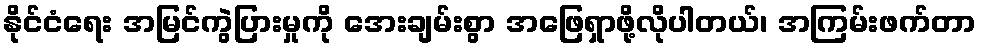
နိုင်ငံရေး အမြင်ကွဲပြားမှုကို အေးချမ်းစွာ အဖြေရှာဖို့လိုပါတယ်၊ အကြမ်းဖက်တာ